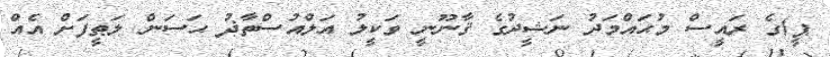
ޕީ)ގެ ރައީސް މުޙައްމަދު ނަޝީދުގެ ޤާނޫނީ ވަކީލު އަލްއުސްތާޛު ޙަސަން ލަޠީފަށް އެއް